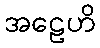
အဠေဟိ